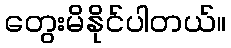
တွေးမိနိုင်ပါတယ်။